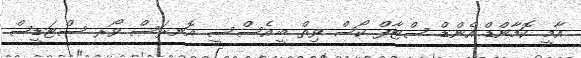
އާމީ ކޮމާންޑް އެންޑް ސްޓާފް ކޯސް ވިތް ބީ.އެސް.ސީ އޮނރަސް ވޯރ ސްޓަޑީސް